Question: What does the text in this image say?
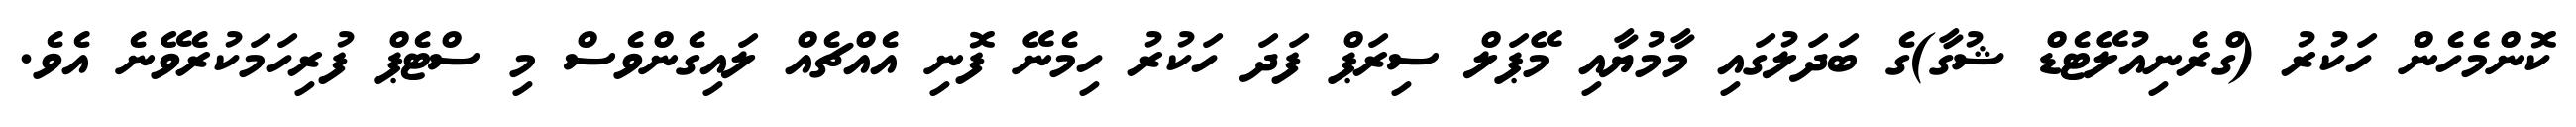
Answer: ކޮންމެހެން ހަކުރު (ގްރެނިއުލޭޓެޑް ޝުގާ)ގެ ބަދަލުގައި މާމުޔާއި މޭޕަލް ސިރަޕް ފަދަ ހަކުރު ހިމެނޭ ފޮނި އެއްޗެއް ލައިގެންވެސް މި ސްޓެޕް ފުރިހަމަކުރެވޭނެ އެވެ.